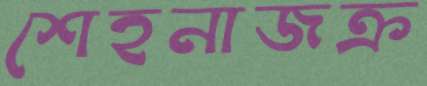
শেহনাজক্র